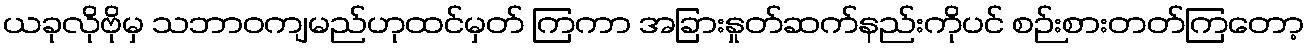
ယခုလိုဗိုမှ သဘာဝကျမည်ဟုထင်မှတ် ကြကာ အခြားနှုတ်ဆက်နည်းကိုပင် စဉ်းစားတတ်ကြတော့